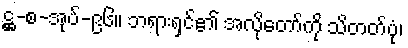
ဋ္ဌ-စ-အုပ်-၉၆။ ဘရားရှင်၏ အလိုတော်ကို သိတတ်ပုံ၊